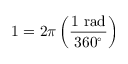
1 = 2 \pi \left( { \frac { 1 { \mathrm { ~ r a d } } } { 3 6 0 ^ { \circ } } } \right)